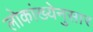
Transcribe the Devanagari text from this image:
लोकांख्येनुसार